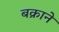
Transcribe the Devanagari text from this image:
बक्राने